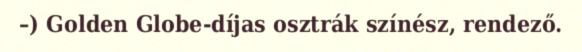
–) Golden Globe-díjas osztrák színész, rendező.